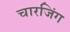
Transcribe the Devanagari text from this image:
चारजिंग